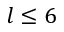
l \le 6